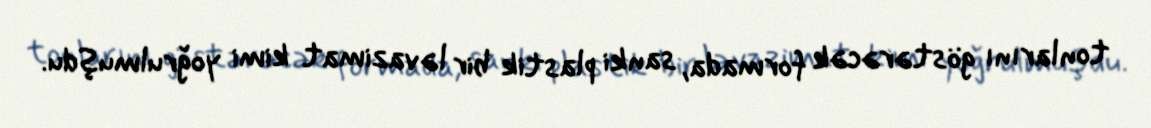
tonlarını göstərəcək formada, sanki plastik bir ləvazimat kimi yoğrulmuşdu.